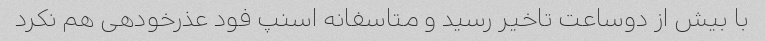
با بیش از دوساعت تاخیر رسید و متاسفانه اسنپ فود عذرخودهی هم نکرد